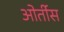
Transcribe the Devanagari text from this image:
ओर्तीस